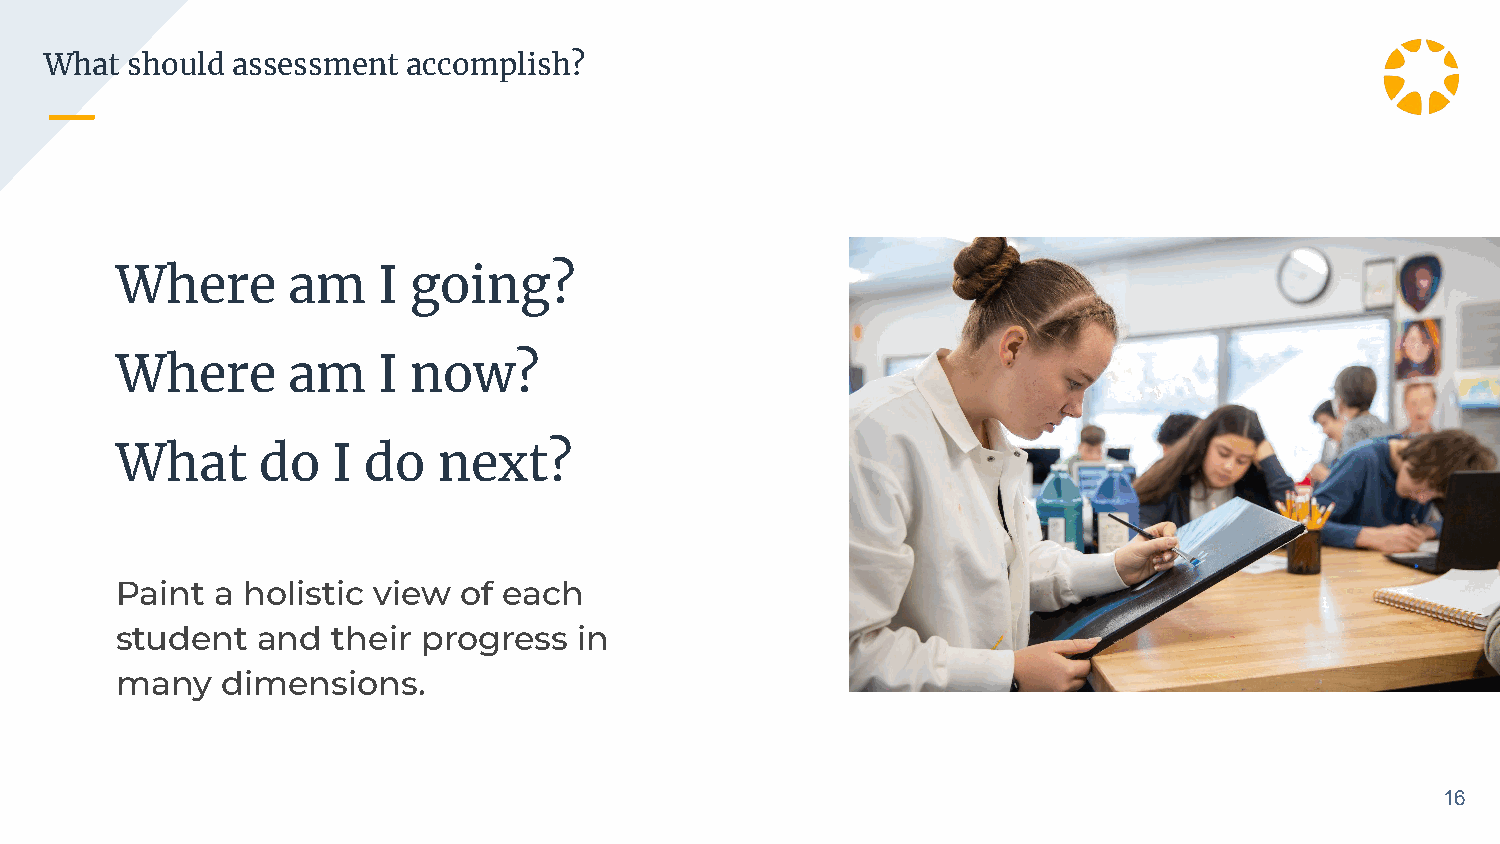
What should assessment  accomplish?
 Where      am    I going?
 Where      am    I now?
 What     do   I do   next?
 Paint a holistic view of each
 student  and  their progress  in
 many   dimensions.
 16